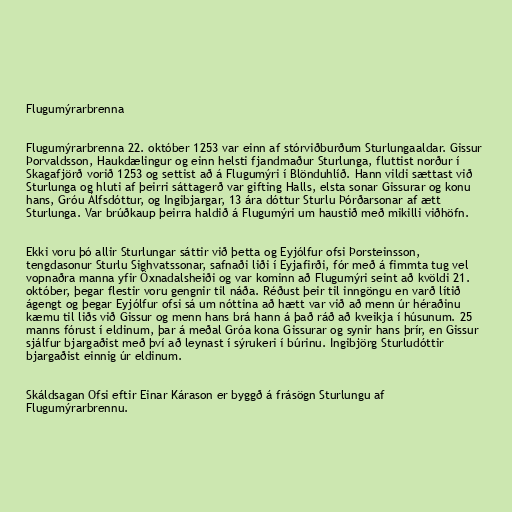
Flugumýrarbrenna

Flugumýrarbrenna 22. október 1253 var einn af stórviðburðum Sturlungaaldar. Gissur
Þorvaldsson, Haukdælingur og einn helsti fjandmaður Sturlunga, fluttist norður í
Skagafjörð vorið 1253 og settist að á Flugumýri í Blönduhlíð. Hann vildi sættast við
Sturlunga og hluti af þeirri sáttagerð var gifting Halls, elsta sonar Gissurar og konu
hans, Gróu Álfsdóttur, og Ingibjargar, 13 ára dóttur Sturlu Þórðarsonar af ætt
Sturlunga. Var brúðkaup þeirra haldið á Flugumýri um haustið með mikilli viðhöfn.

Ekki voru þó allir Sturlungar sáttir við þetta og Eyjólfur ofsi Þorsteinsson,
tengdasonur Sturlu Sighvatssonar, safnaði liði í Eyjafirði, fór með á fimmta tug vel
vopnaðra manna yfir Öxnadalsheiði og var kominn að Flugumýri seint að kvöldi 21.
október, þegar flestir voru gengnir til náða. Réðust þeir til inngöngu en varð lítið
ágengt og þegar Eyjólfur ofsi sá um nóttina að hætt var við að menn úr héraðinu
kæmu til liðs við Gissur og menn hans brá hann á það ráð að kveikja í húsunum. 25
manns fórust í eldinum, þar á meðal Gróa kona Gissurar og synir hans þrír, en Gissur
sjálfur bjargaðist með því að leynast í sýrukeri í búrinu. Ingibjörg Sturludóttir
bjargaðist einnig úr eldinum.

Skáldsagan Ofsi eftir Einar Kárason er byggð á frásögn Sturlungu af
Flugumýrarbrennu.